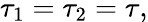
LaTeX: \tau_{1}=\tau_{2}=\tau,